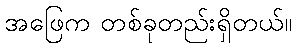
အဖြေက တစ်ခုတည်းရှိတယ်။